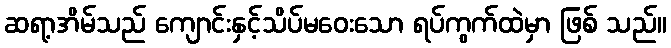
ဆရာ့အိမ်သည် ကျောင်းနှင့်သိပ်မဝေးသော ရပ်ကွက်ထဲမှာ ဖြစ် သည်။